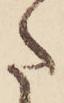
た